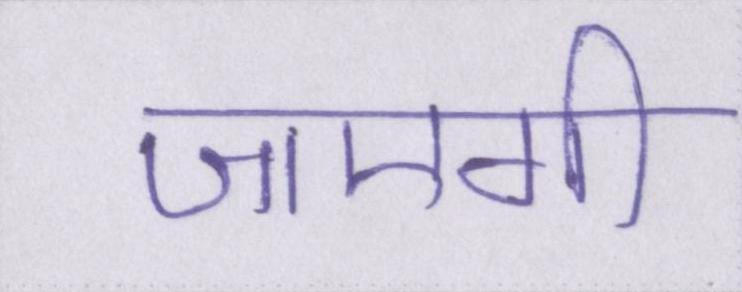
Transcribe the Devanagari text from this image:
जाएगी